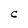
Character: C